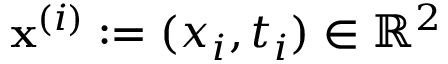
\mathbf { x } ^ { ( i ) } : = ( x _ { i } , t _ { i } ) \in \mathbb { R } ^ { 2 }